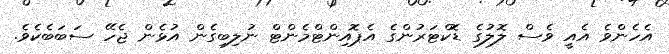
އެހެންވެ އެއީ ވެސް ލޮލުގެ ޑޮކްޓަރުންގެ އެޕޮއިންޓްމެންޓް ނުލިބިގެން އުޅެން ޖެހޭ ސަބަބެކެވެ.